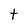
Character: t